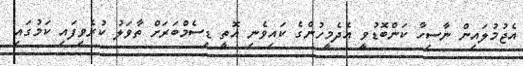
އެޖުމުލައިން ނާސިހާ ކަންބޮޑުވީ އެދެމީހުންގެ ކައިވެނި އޮތީ ޑިސެމްބަރަށް ތާވަލު ކުރެވިފައި ކަމުގައި